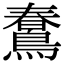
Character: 𪃣